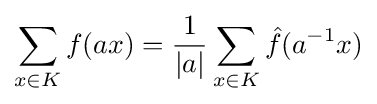
\sum _{x\in K}f(ax)={\frac {1}{|a|}}\sum _{x\in K}{\hat {f}}(a^{-1}x)